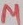
Text: µ